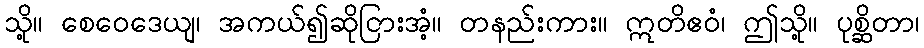
သို့။ စေဝေဒေယျ၊ အကယ်၍ဆိုငြားအံ့။ တနည်းကား။ ဣတိဧဝံ၊ ဤသို့။ ပုစ္ဆိတာ၊